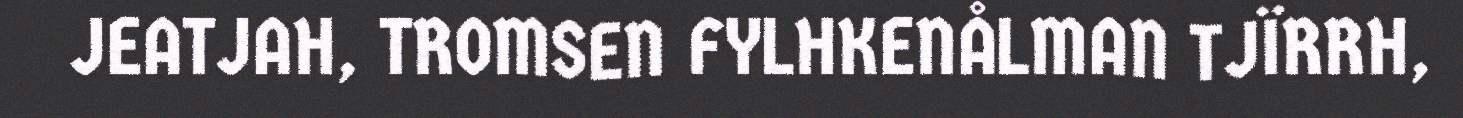
JEATJAH, TROMSEN FYLHKENÅLMAN TJÏRRH,